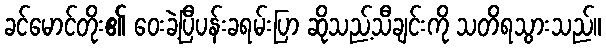
ခင်မောင်တိုး၏ ဝေးခဲ့ပြီပန်းခရမ်းပြာ ဆိုသည့်သီချင်းကို သတိရသွားသည်။